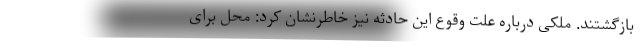
بازگشتند. ملکی درباره علت وقوع این حادثه نیز خاطرنشان کرد:‌ محل برای